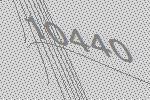
10440